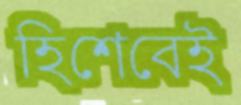
হিশেবেই